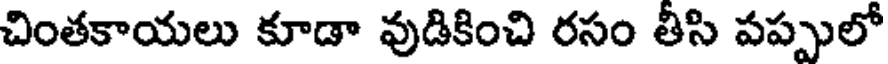
చింతకాయలు కూడా వుడికించి రసం తీసి పప్పులో